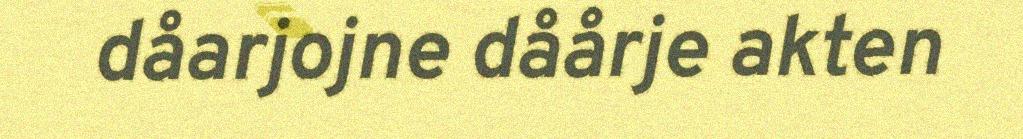
dåarjojne dåårje akten